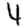
Digit: 4